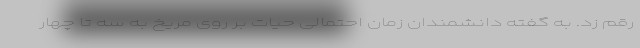
رقم زد. به گفته دانشمندان زمان احتمالی حیات بر روی مریخ به سه تا چهار